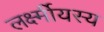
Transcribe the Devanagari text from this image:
लर्क्ष्मीयस्य